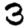
Digit: 3